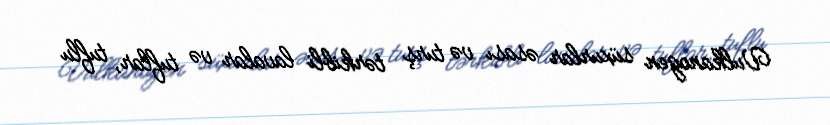
Vulkanogen süxurlar əsası və turş tərkibli lavalar və tuflar, tuflu